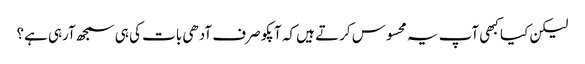
لیکن کیا کبھی آپ یہ محسوس کرتے ہیں کہ آپکو صرف آدھی بات کی ہی سمجھ آرہی ہے؟